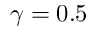
\gamma = 0 . 5